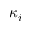
\kappa _ { i }